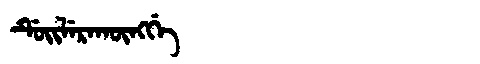
Manchu: ᡩᡠᡳᠯᡝᡵᠠᡴᡡᠩᡤᡝ
Romanization: DUILERAKŪNGGE